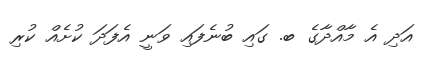
އަދި އެ މާއްދާގެ ބ. ގައި ބުނެފައި ވަނީ އެފަދަ ކުށެއް ކުރި